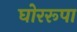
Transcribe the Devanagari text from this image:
घोररूपा